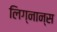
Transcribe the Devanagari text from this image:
लिग्नान्स